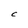
Character: C